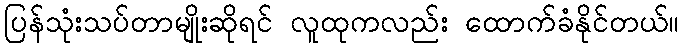
ပြန်သုံးသပ်တာမျိုးဆိုရင် လူထုကလည်း ထောက်ခံနိုင်တယ်။